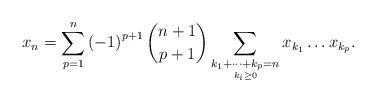
LaTeX: \begin{align*}x_{n}=\sum_{p=1}^{n}\left(-1\right)^{p+1}\binom{n+1}{p+1}\sum_{\underset{k_{i}\ge 0}{k_{1}+\dots+k_{p}=n}}x_{k_{1}}\dots x_{k_{p}}.\end{align*}